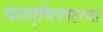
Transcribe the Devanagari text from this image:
चलत्‌चित्रपटाच्या